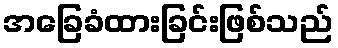
အခြေခံထားခြင်းဖြစ်သည်